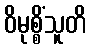
ဝိမုစ္စိံသူတိ